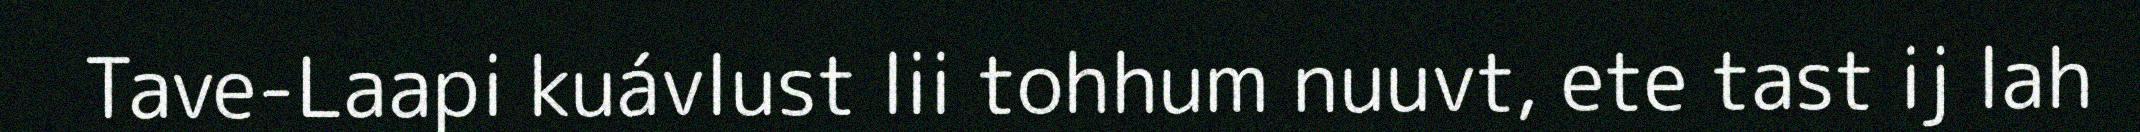
Tave-Laapi kuávlust lii tohhum nuuvt, ete tast ij lah